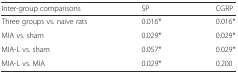
<table><thead><tr><td><b>Inter-group comparisons</b></td><td><b>SP</b></td><td><b>CGRP</b></td></tr></thead><tbody><tr><td>Three groups vs. naive rats</td><td>0.016*</td><td>0.016*</td></tr><tr><td>MIA vs. sham</td><td>0.029*</td><td>0.029*</td></tr><tr><td>MIA-L vs. sham</td><td>0.057*</td><td>0.029*</td></tr><tr><td>MIA-L vs. MIA</td><td>0.029*</td><td>0.200</td></tr></tbody></table>